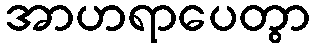
အာဟရာပေတွာ